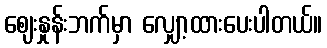
ဈေးနှုန်းဘက်မှာ လျှော့ထားပေးပါတယ်။